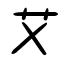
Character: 艾